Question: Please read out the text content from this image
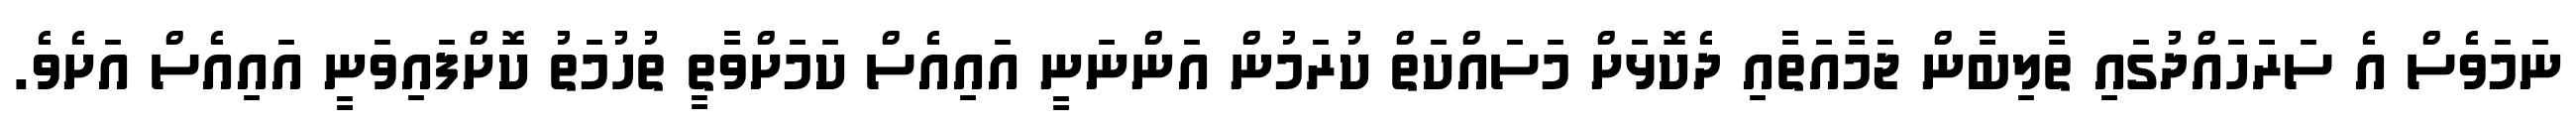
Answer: ނަމަވެސް އެ ސަރަހައްދުގައި ތާލިބާން ޖަމާއަތާއި ދެކޮޅަށް މަސައްކަތް ކުރަމުން އަންނަނީ އައިއެސް ކަމަށްވާތީ ތުހުމަތު ކޮށްފައިވަނީ އައިއެސް އަށެވެ.